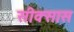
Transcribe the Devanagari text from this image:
सीक्सास